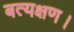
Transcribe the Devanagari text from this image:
बत्यक्षण।